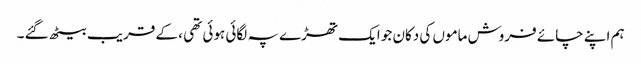
ہم اپنے چائے فروش ماموں کی دکان جو ایک تھڑے پہ لگائی ہوئی تھی ، کے قریب بیٹھ گئے ۔